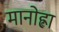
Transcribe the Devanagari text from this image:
मानोह्ला